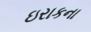
ઇરાકના